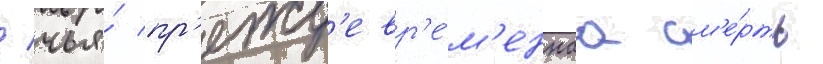
/ чья́ пр'ежд'евр'е́м'еннаа см'е́рть